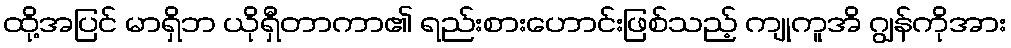
ထို့အပြင် မာရှိဘ ယိုရှီတာကာ၏ ရည်းစားဟောင်းဖြစ်သည့် ကျုကူအိ ဂျွန်ကိုအား